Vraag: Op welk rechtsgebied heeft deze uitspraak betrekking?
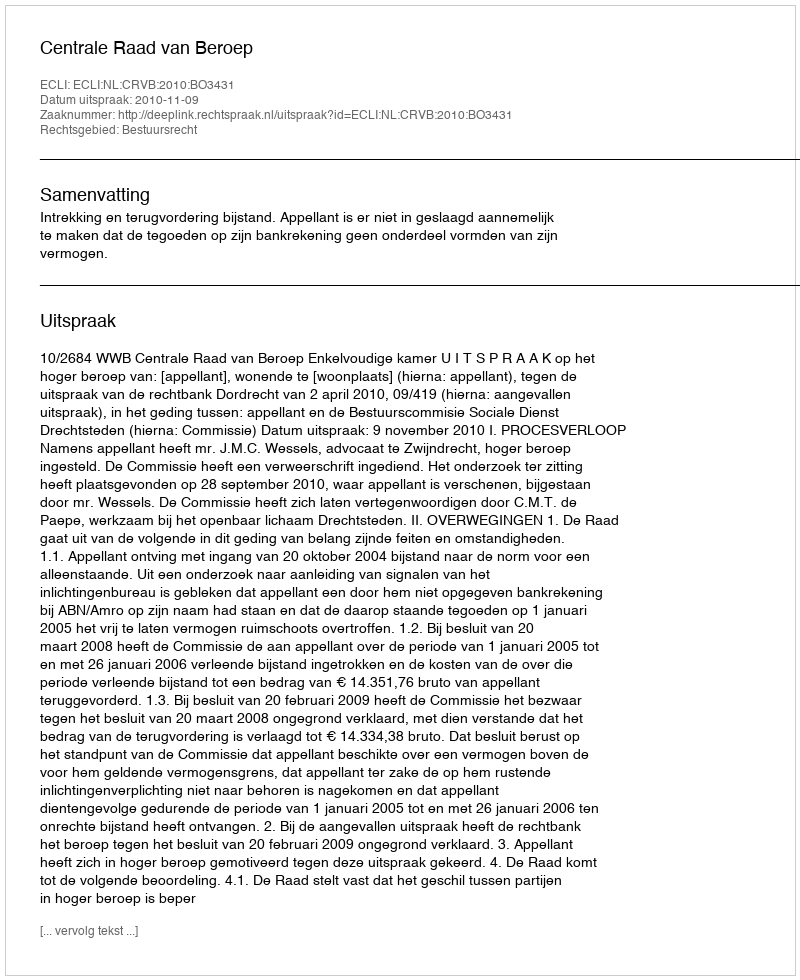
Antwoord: Bestuursrecht